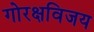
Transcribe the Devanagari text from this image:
गोरक्षविजय